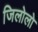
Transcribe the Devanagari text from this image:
जिलोलो